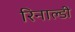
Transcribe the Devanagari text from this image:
रिनाल्डी